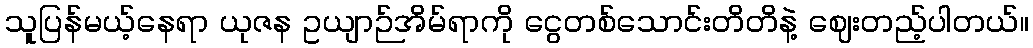
သူပြန်မယ့်နေရာ ယုဇန ဥယျာဉ်အိမ်ရာကို ငွေတစ်သောင်းတိတိနဲ့ ဈေးတည့်ပါတယ်။